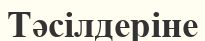
Тәсілдеріне